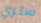
ستري